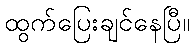
ထွက်ပြေးချင်နေပြီ။